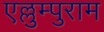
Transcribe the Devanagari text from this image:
एल्लुम्पुराम